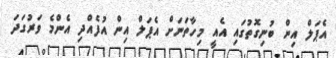
އެޕަލް އިން ބުނިގޮތުގައި އެއީ މިހާތަނަށް އެޕަލް އިން އުފެއްދި އެންމެ ވަރުގަދަ